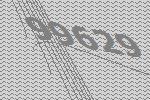
99629